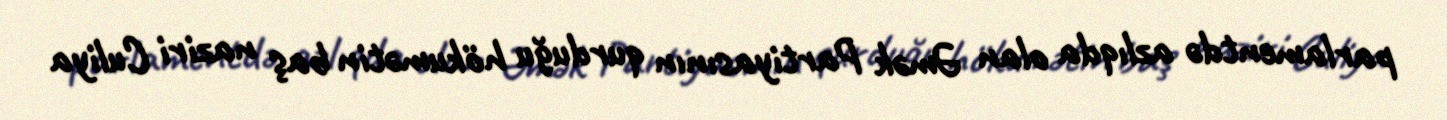
parlamentdə azlıqda olan Əmək Partiyasının qurduğu hökumətin baş naziri Culiya